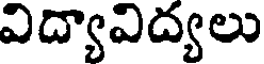
విద్యావిద్యలు